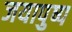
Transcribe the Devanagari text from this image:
जयापुष्प